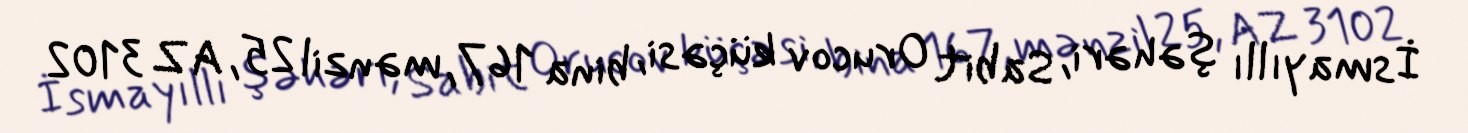
İsmayıllı şəhəri, Sabit Orucov küçəsi, bina 167, mənzil 25, AZ 3102